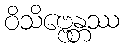
ဝိသိဗ္ဗေန္တဿ